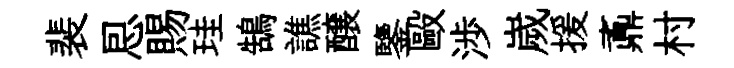
裴㤙賜珪鵠譙醸鑒毆渉嵗援鼒村